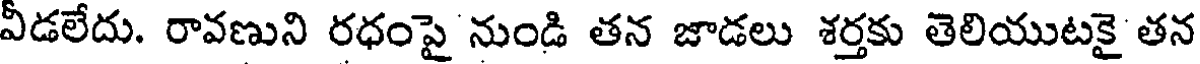
వీడలేదు. రావణుని రధంపై నుండి తన జాడలు శర్తకు తెలియుటకై తన